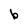
Character: b